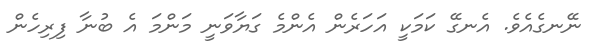
ނޭނގެއެވެ. އެނގޭ ކަމަކީ އަހަރެން އެންމެ ގަޔާވަނީ މަންމަ އެ ބުނާ ފިރިހެން